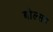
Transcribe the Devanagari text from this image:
बोल्सन